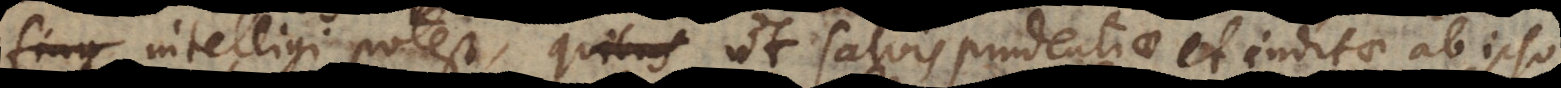
fing intelligi potest, ut salvis prudentiae et inditae ab ipso